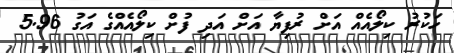
ހަކުރު ކިލޯއެއް އަށް ރުފިޔާ އަށް އަދި ފުށް ކިލޯއެއްގެ އަގު 5.96